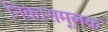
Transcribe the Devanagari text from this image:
निकासमूलक